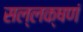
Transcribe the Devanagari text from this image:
सल्लक्षणं